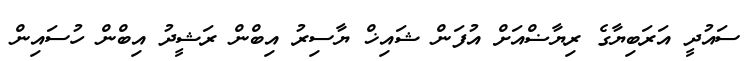
ސައުދީ އަރަބިޔާގެ ރިޔާޟްއަށް އުފަން ޝައިޚް ޔާސިރު އިބްން ރަޝީދު އިބްން ހުސައިން